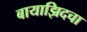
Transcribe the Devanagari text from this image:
बायाझिदचा